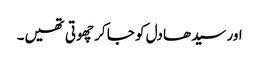
اور سیدھا دل کو جا کر چھوتی تھیں۔